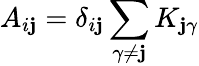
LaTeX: A_{i\mathbf{j}}=\delta_{i\mathbf{j}}\sum_{\gamma\neq\mathbf{j}}K_{\mathbf{j}\gamma}